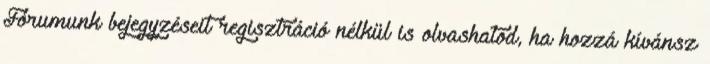
Fórumunk bejegyzéseit regisztráció nélkül is olvashatod, ha hozzá kívánsz